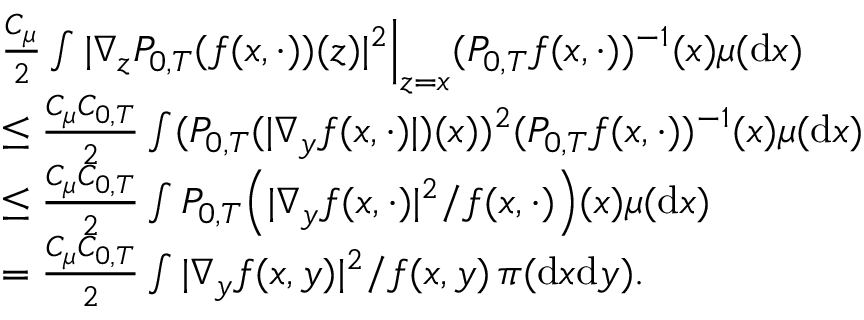
\begin{array} { r l } & { \frac { C _ { \mu } } { 2 } \int | \nabla _ { z } P _ { 0 , T } ( f ( x , \cdot ) ) ( z ) | ^ { 2 } \Big | _ { z = x } ( P _ { 0 , T } f ( x , \cdot ) ) ^ { - 1 } ( x ) \mu ( \mathrm { d } x ) } \\ & { \leq \frac { C _ { \mu } C _ { 0 , T } } { 2 } \int ( P _ { 0 , T } ( | \nabla _ { y } f ( x , \cdot ) | ) ( x ) ) ^ { 2 } ( P _ { 0 , T } f ( x , \cdot ) ) ^ { - 1 } ( x ) \mu ( \mathrm { d } x ) } \\ & { \leq \frac { C _ { \mu } C _ { 0 , T } } { 2 } \int P _ { 0 , T } \Big ( | \nabla _ { y } f ( x , \cdot ) | ^ { 2 } / f ( x , \cdot ) \Big ) ( x ) \mu ( \mathrm { d } x ) } \\ & { = \frac { C _ { \mu } C _ { 0 , T } } { 2 } \int | \nabla _ { y } f ( x , y ) | ^ { 2 } / f ( x , y ) \, \pi ( \mathrm { d } x \mathrm { d } y ) . } \end{array}